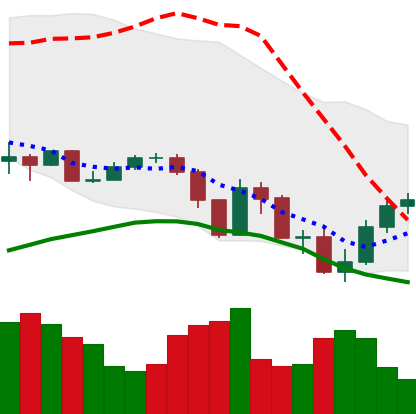
Ticker: XLM-USD
Chart end date: 2019-07-20
Forward return: -9.905%
Label: down_7plus